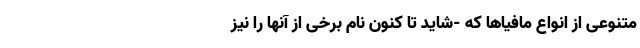
متنوعی از انواع مافیاها که -شاید تا کنون نام برخی از آنها را نیز